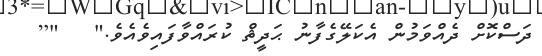
ދަސްކޮށް ދެއްވަމުން އެކަލޭގެފާނު ޙަދީޘް ކުރައްވާފައިވެއެވެ."   "[